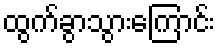
ထွက်ခွာသွားကြောင်း